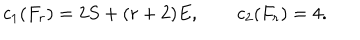
LaTeX: c _ { 1 } ( F _ { r } ) = 2 S + ( r + 2 ) E , \qquad c _ { 2 } ( F _ { r } ) = 4 .